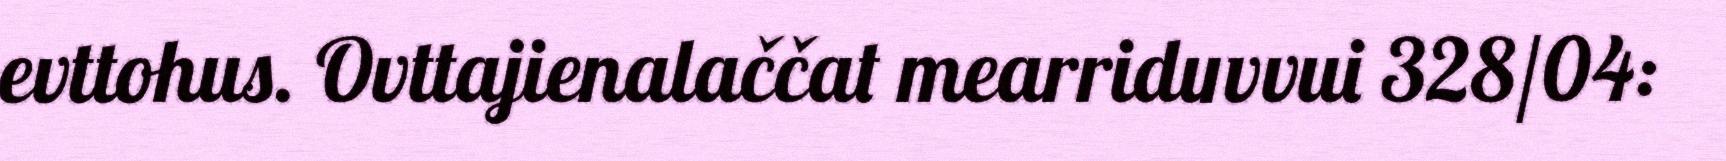
evttohus. Ovttajienalaččat mearriduvvui 328/04: